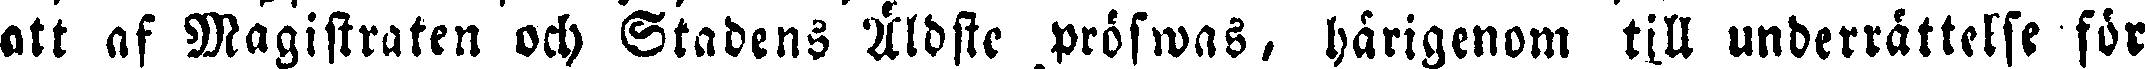
att af Magistraten och Stadens Äldste pröfwas, härigenom till underrättelse för